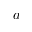
a